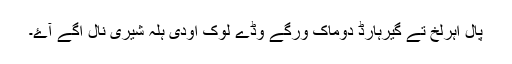
پال اہرلخ تے گیرہارڈ دوماک ورگے وڈے لوک اودی ہلہ شیری نال اگے آۓ۔